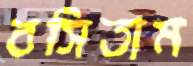
বসিতাম